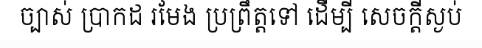
ច្បាស់ ប្រាកដ រមែង ប្រព្រឹត្តទៅ ដើម្បី សេចក្តីស្ងប់